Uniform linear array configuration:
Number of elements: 12
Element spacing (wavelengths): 0.75
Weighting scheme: exponential
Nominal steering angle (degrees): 30
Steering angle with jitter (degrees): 28.147
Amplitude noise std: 0.05
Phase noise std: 0.05

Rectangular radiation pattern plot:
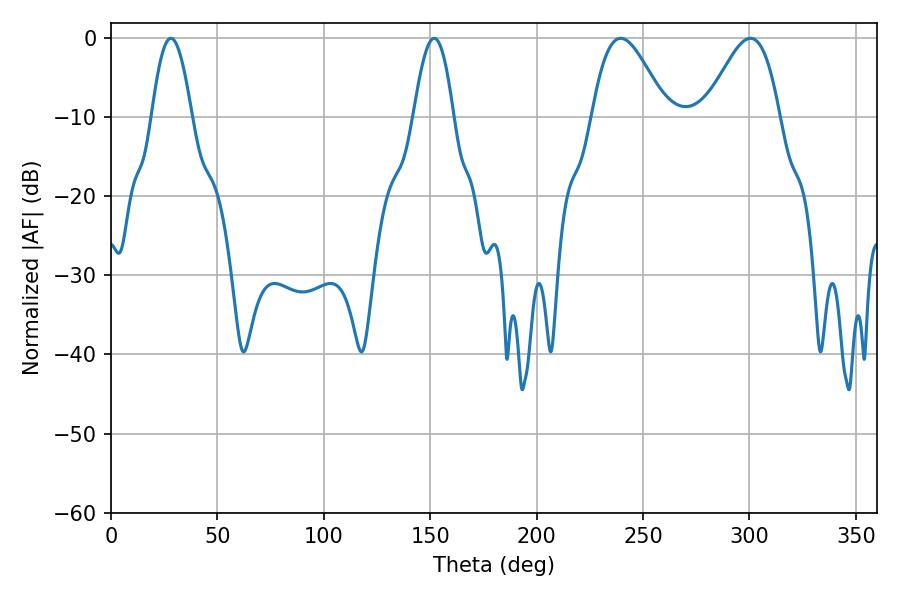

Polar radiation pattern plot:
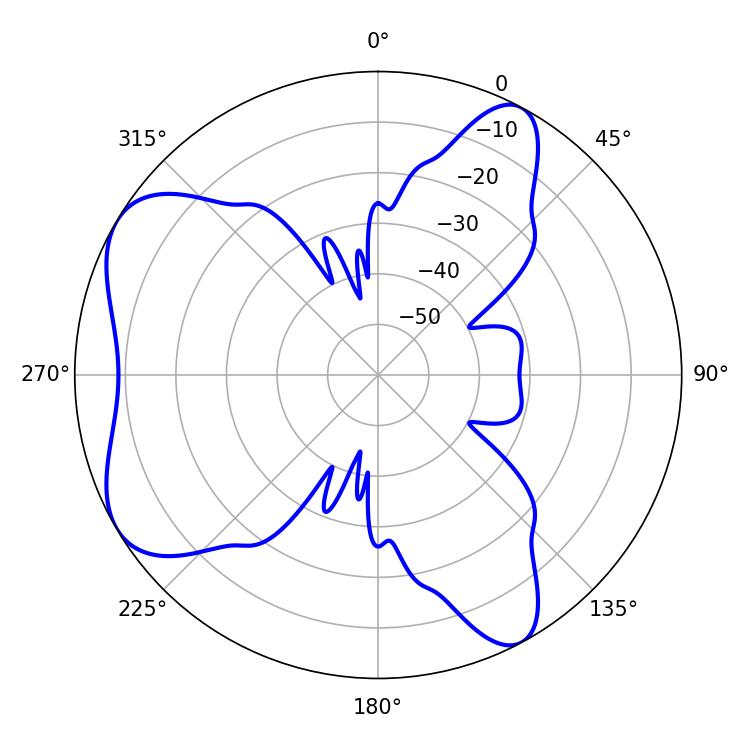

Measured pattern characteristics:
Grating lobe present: TRUE
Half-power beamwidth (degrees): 18.54
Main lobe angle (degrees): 239.58